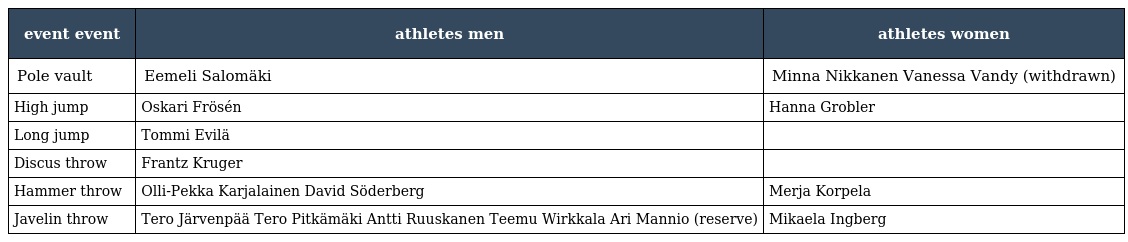
| event event | athletes men | athletes women |
 | --- | --- | --- |
 | Pole vault | Eemeli Salomäki | Minna Nikkanen Vanessa Vandy (withdrawn) |
 | High jump | Oskari Frösén | Hanna Grobler |
 | Long jump | Tommi Evilä |  |
 | Discus throw | Frantz Kruger |  |
 | Hammer throw | Olli-Pekka Karjalainen David Söderberg | Merja Korpela |
 | Javelin throw | Tero Järvenpää Tero Pitkämäki Antti Ruuskanen Teemu Wirkkala Ari Mannio (reserve) | Mikaela Ingberg |